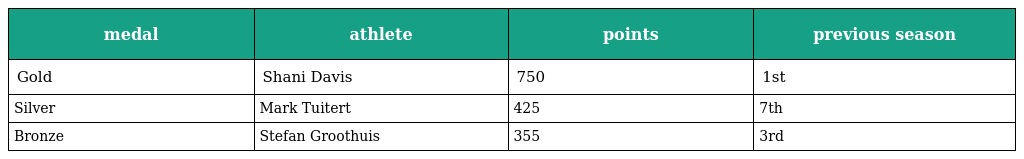
| medal | athlete | points | previous season |
 | --- | --- | --- | --- |
 | Gold | Shani Davis | 750 | 1st |
 | Silver | Mark Tuitert | 425 | 7th |
 | Bronze | Stefan Groothuis | 355 | 3rd |